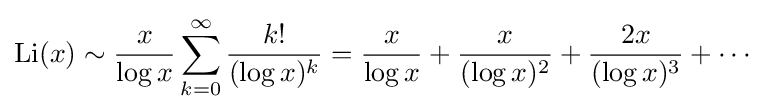
\operatorname {Li} (x)\sim {\frac {x}{\log x}}\sum _{k=0}^{\infty }{\frac {k!}{(\log x)^{k}}}={\frac {x}{\log x}}+{\frac {x}{(\log x)^{2}}}+{\frac {2x}{(\log x)^{3}}}+\cdots